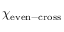
\chi _ { \mathrm { e v e n - c r o s s } }